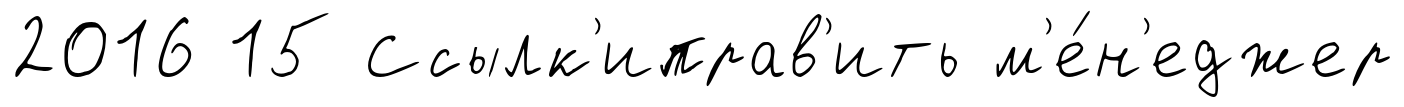
2016 15 Ссылк'иправ'ить м'е́н'еджер